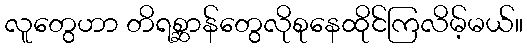
လူတွေဟာ တိရစ္ဆာန်တွေလိုစုနေထိုင်ကြလိမ့်မယ်။